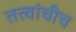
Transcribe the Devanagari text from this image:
तत्त्वांचीच